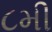
૮મી